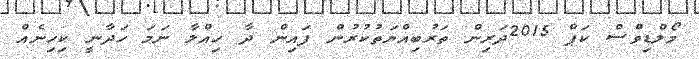
މޯލްޑިވްސް ކަޕް 2015ދަރިން ތަރުބިއްޔަތުކުރުން ފައިން ދާ ހިއްލާ ނަމަ ހަދާނީ ކިހިނެއް